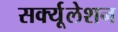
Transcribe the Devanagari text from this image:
सर्क्यूलेशन